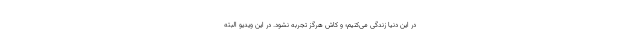
در این دنیا زندگی می‌کنیم؛ و کاش هرگز تجربه نشود. در این ویدیو البته